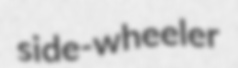
side-wheeler